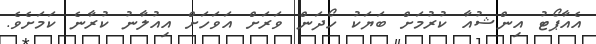
އެއާޕޯޓު އިންޝުއާ ކުރުމަށް ބަޔަކު ހޯދަން ވަރަށް އަވަހަށް އިއުލާނު ކުރާނެ ކަމަށެވެ.